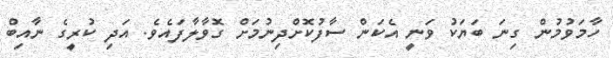
ހާމަވުމުން ގިނަ ބަޔަކު ވަނީ އެކަން ސާފުކޮށްދިނުމަށް ގޮވާލާފައެވެ. އަދި ކުރީގެ ނާއިބް